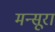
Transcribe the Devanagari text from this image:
मन्सूरा